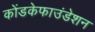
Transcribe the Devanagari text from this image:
कोंडकेफाउंडेशन